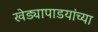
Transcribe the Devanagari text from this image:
खेड्यापाडयांच्या